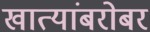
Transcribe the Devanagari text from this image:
खात्यांबरोबर